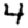
Digit: 4